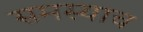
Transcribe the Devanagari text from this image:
समस्याच